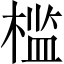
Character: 槛